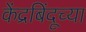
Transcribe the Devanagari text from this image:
केंद्रबिंदूच्या